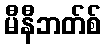
မီနီဘတ်စ်